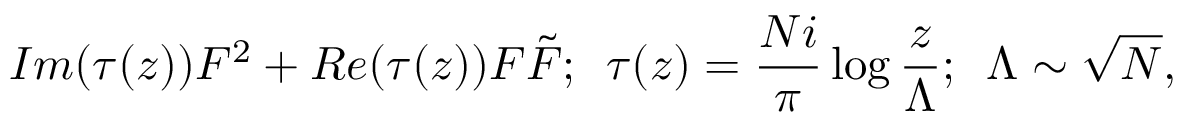
{ \cal I } m ( \tau ( z ) ) F ^ { 2 } + { \cal R } e ( \tau ( z ) ) F \tilde { F } ; \, \, \, \tau ( z ) = { \frac { N i } { \pi } } \log { \frac { z } { \Lambda } } ; \, \, \, \Lambda \sim { \sqrt N } ,